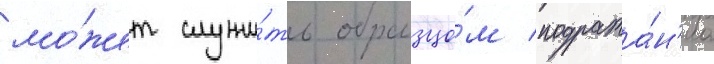
мо́жет служи́ть образцо́м подража́н'иа